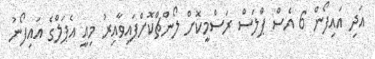
އަދި އައިފޯން 6 އެސް ޕްލަސް ރަސްމީކޮށް ލޯންޗްކޮށްފައިވާއިރު މިއީ އެޕަލްގެ އައިފޯނު